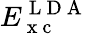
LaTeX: E_{\mathrm{~x~c~}}^{\mathrm{~L~D~A~}}